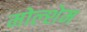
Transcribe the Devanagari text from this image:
मोल्शेम